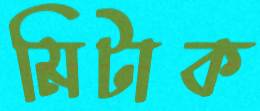
মিটাক